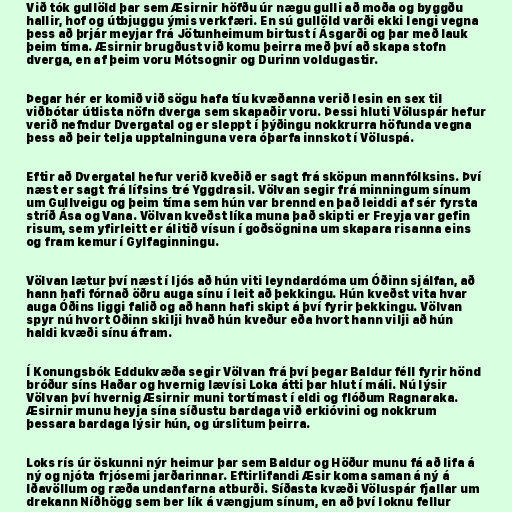
Við tók gullöld þar sem Æsirnir höfðu úr nægu gulli að moða og byggðu
hallir, hof og útbjuggu ýmis verkfæri. En sú gullöld varði ekki lengi vegna
þess að þrjár meyjar frá Jötunheimum birtust í Ásgarði og þar með lauk
þeim tíma. Æsirnir brugðust við komu þeirra með því að skapa stofn
dverga, en af þeim voru Mótsognir og Durinn voldugastir.

Þegar hér er komið við sögu hafa tíu kvæðanna verið lesin en sex til
viðbótar útlista nöfn dverga sem skapaðir voru. Þessi hluti Völuspár hefur
verið nefndur Dvergatal og er sleppt í þýðingu nokkrurra höfunda vegna
þess að þeir telja upptalninguna vera óþarfa innskot í Völuspá.

Eftir að Dvergatal hefur verið kveðið er sagt frá sköpun mannfólksins. Því
næst er sagt frá lífsins tré Yggdrasil. Völvan segir frá minningum sínum
um Gullveigu og þeim tíma sem hún var brennd en það leiddi af sér fyrsta
stríð Ása og Vana. Völvan kveðst líka muna það skipti er Freyja var gefin
risum, sem yfirleitt er álitið vísun í goðsögnina um skapara risanna eins
og fram kemur í Gylfaginningu.

Völvan lætur því næst í ljós að hún viti leyndardóma um Óðinn sjálfan, að
hann hafi fórnað öðru auga sínu í leit að þekkingu. Hún kveðst vita hvar
auga Óðins liggi falið og að hann hafi skipt á því fyrir þekkingu. Völvan
spyr nú hvort Óðinn skilji hvað hún kveður eða hvort hann vilji að hún
haldi kvæði sínu áfram.

Í Konungsbók Eddukvæða segir Völvan frá því þegar Baldur féll fyrir hönd
bróður síns Haðar og hvernig lævísi Loka átti þar hlut í máli. Nú lýsir
Völvan því hvernig Æsirnir muni tortímast í eldi og flóðum Ragnaraka.
Æsirnir munu heyja sína síðustu bardaga við erkióvini og nokkrum
þessara bardaga lýsir hún, og úrslitum þeirra.

Loks rís úr öskunni nýr heimur þar sem Baldur og Höður munu fá að lifa á
ný og njóta frjósemi jarðarinnar. Eftirlifandi Æsir koma saman á ný á
Iðavöllum og ræða undanfarna atburði. Síðasta kvæði Völuspár fjallar um
drekann Níðhögg sem ber lík á vængjum sínum, en að því loknu fellur